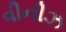
વીનીઝ